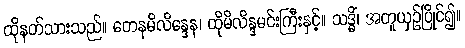
ထိုနတ်သားသည်။ တေနမိလိန္ဒေန၊ ထိုမိလိန္ဒမင်းကြီးနှင့်။ သဒ္ဓိံ၊ အတူယှဉ်ပြိုင်၍။